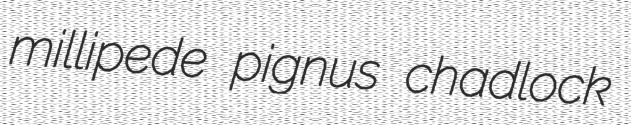
millipede pignus chadlock